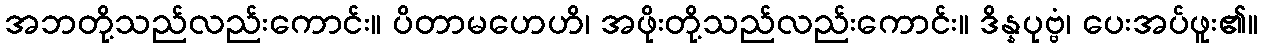
အဘတို့သည်လည်းကောင်း။ ပိတာမဟေဟိ၊ အဖိုးတို့သည်လည်းကောင်း။ ဒိန္နပုဗ္ဗံ၊ ပေးအပ်ဖူး၏။